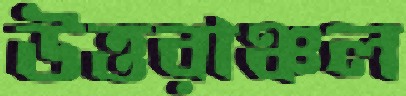
উত্তরাঞ্চল